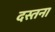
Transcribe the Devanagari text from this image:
दस्तना